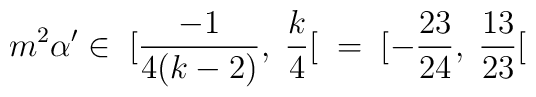
m^2\alpha'\in\; [\frac{-1}{4(k-2)},\;\frac{k}{4}[\;\;=\;[-\frac{23}{24},\;\frac{13}{23}[